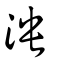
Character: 泱